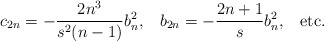
\begin{align*}c_{2n} = - \frac{2n^{3}}{s^{2}(n-1)} b_{n}^{2}, \; \; \; b_{2n} = - \frac{2n+1}{s} b_{n}^{2}, \; \; \; \mbox{etc.}\end{align*}